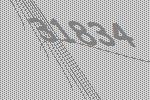
31834